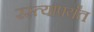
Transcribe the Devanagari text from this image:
रस्त्यापर्यंत